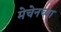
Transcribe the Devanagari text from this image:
मेचेनच्या